Report on horse surra - Volume I
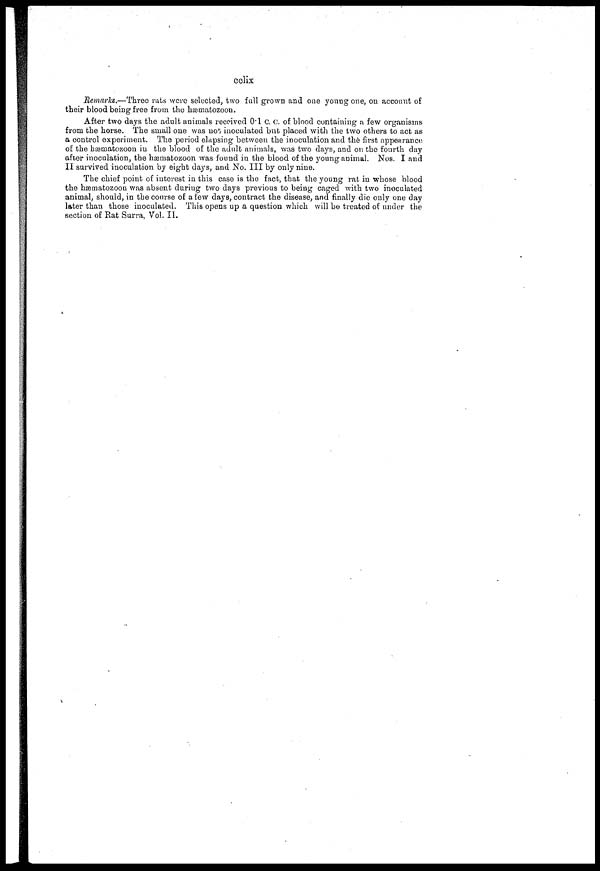
cclix
Remarks.—Three rats were selected, two full grown and one young one, on account of
their blood being free from the hæmatozoon.
After two days the adult animals received 0.1 c.c. of blood containing a few organisms
from the horse. The small one was not inoculated but placed with the two others to act as
a control experiment. The period elapsing between the inoculation and the first appearance
of the hæmatozoon in the blood of the adult animals, was two days, and on the fourth day
after inoculation, the hæmatozoon was found in the blood of the young animal. Nos. I and
II survived inoculation by eight days, and No. III by only nine.
The chief point of interest in this case is the fact, that the young rat in whose blood
the hæmatozoon was absent during two days previous to being caged with two inoculated
animal, should, in the course of a few days, contract the disease, and finally die only one day
later than those inoculated. This opens up a question which will be treated of under the
section of Rat Surra, Vol. II.